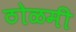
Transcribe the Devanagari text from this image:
ठोळमी